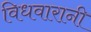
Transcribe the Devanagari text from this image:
विधवारानी